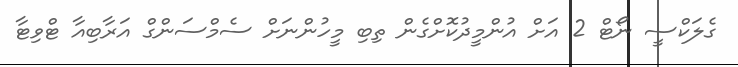
ގެލަކްސީ ނޯޓް 2 އަށް އުންމީދުކޮށްގެން ތިބި މީހުންނަށް ސެމްސަންގް އަރާބިއާ ޓްވިޓާ